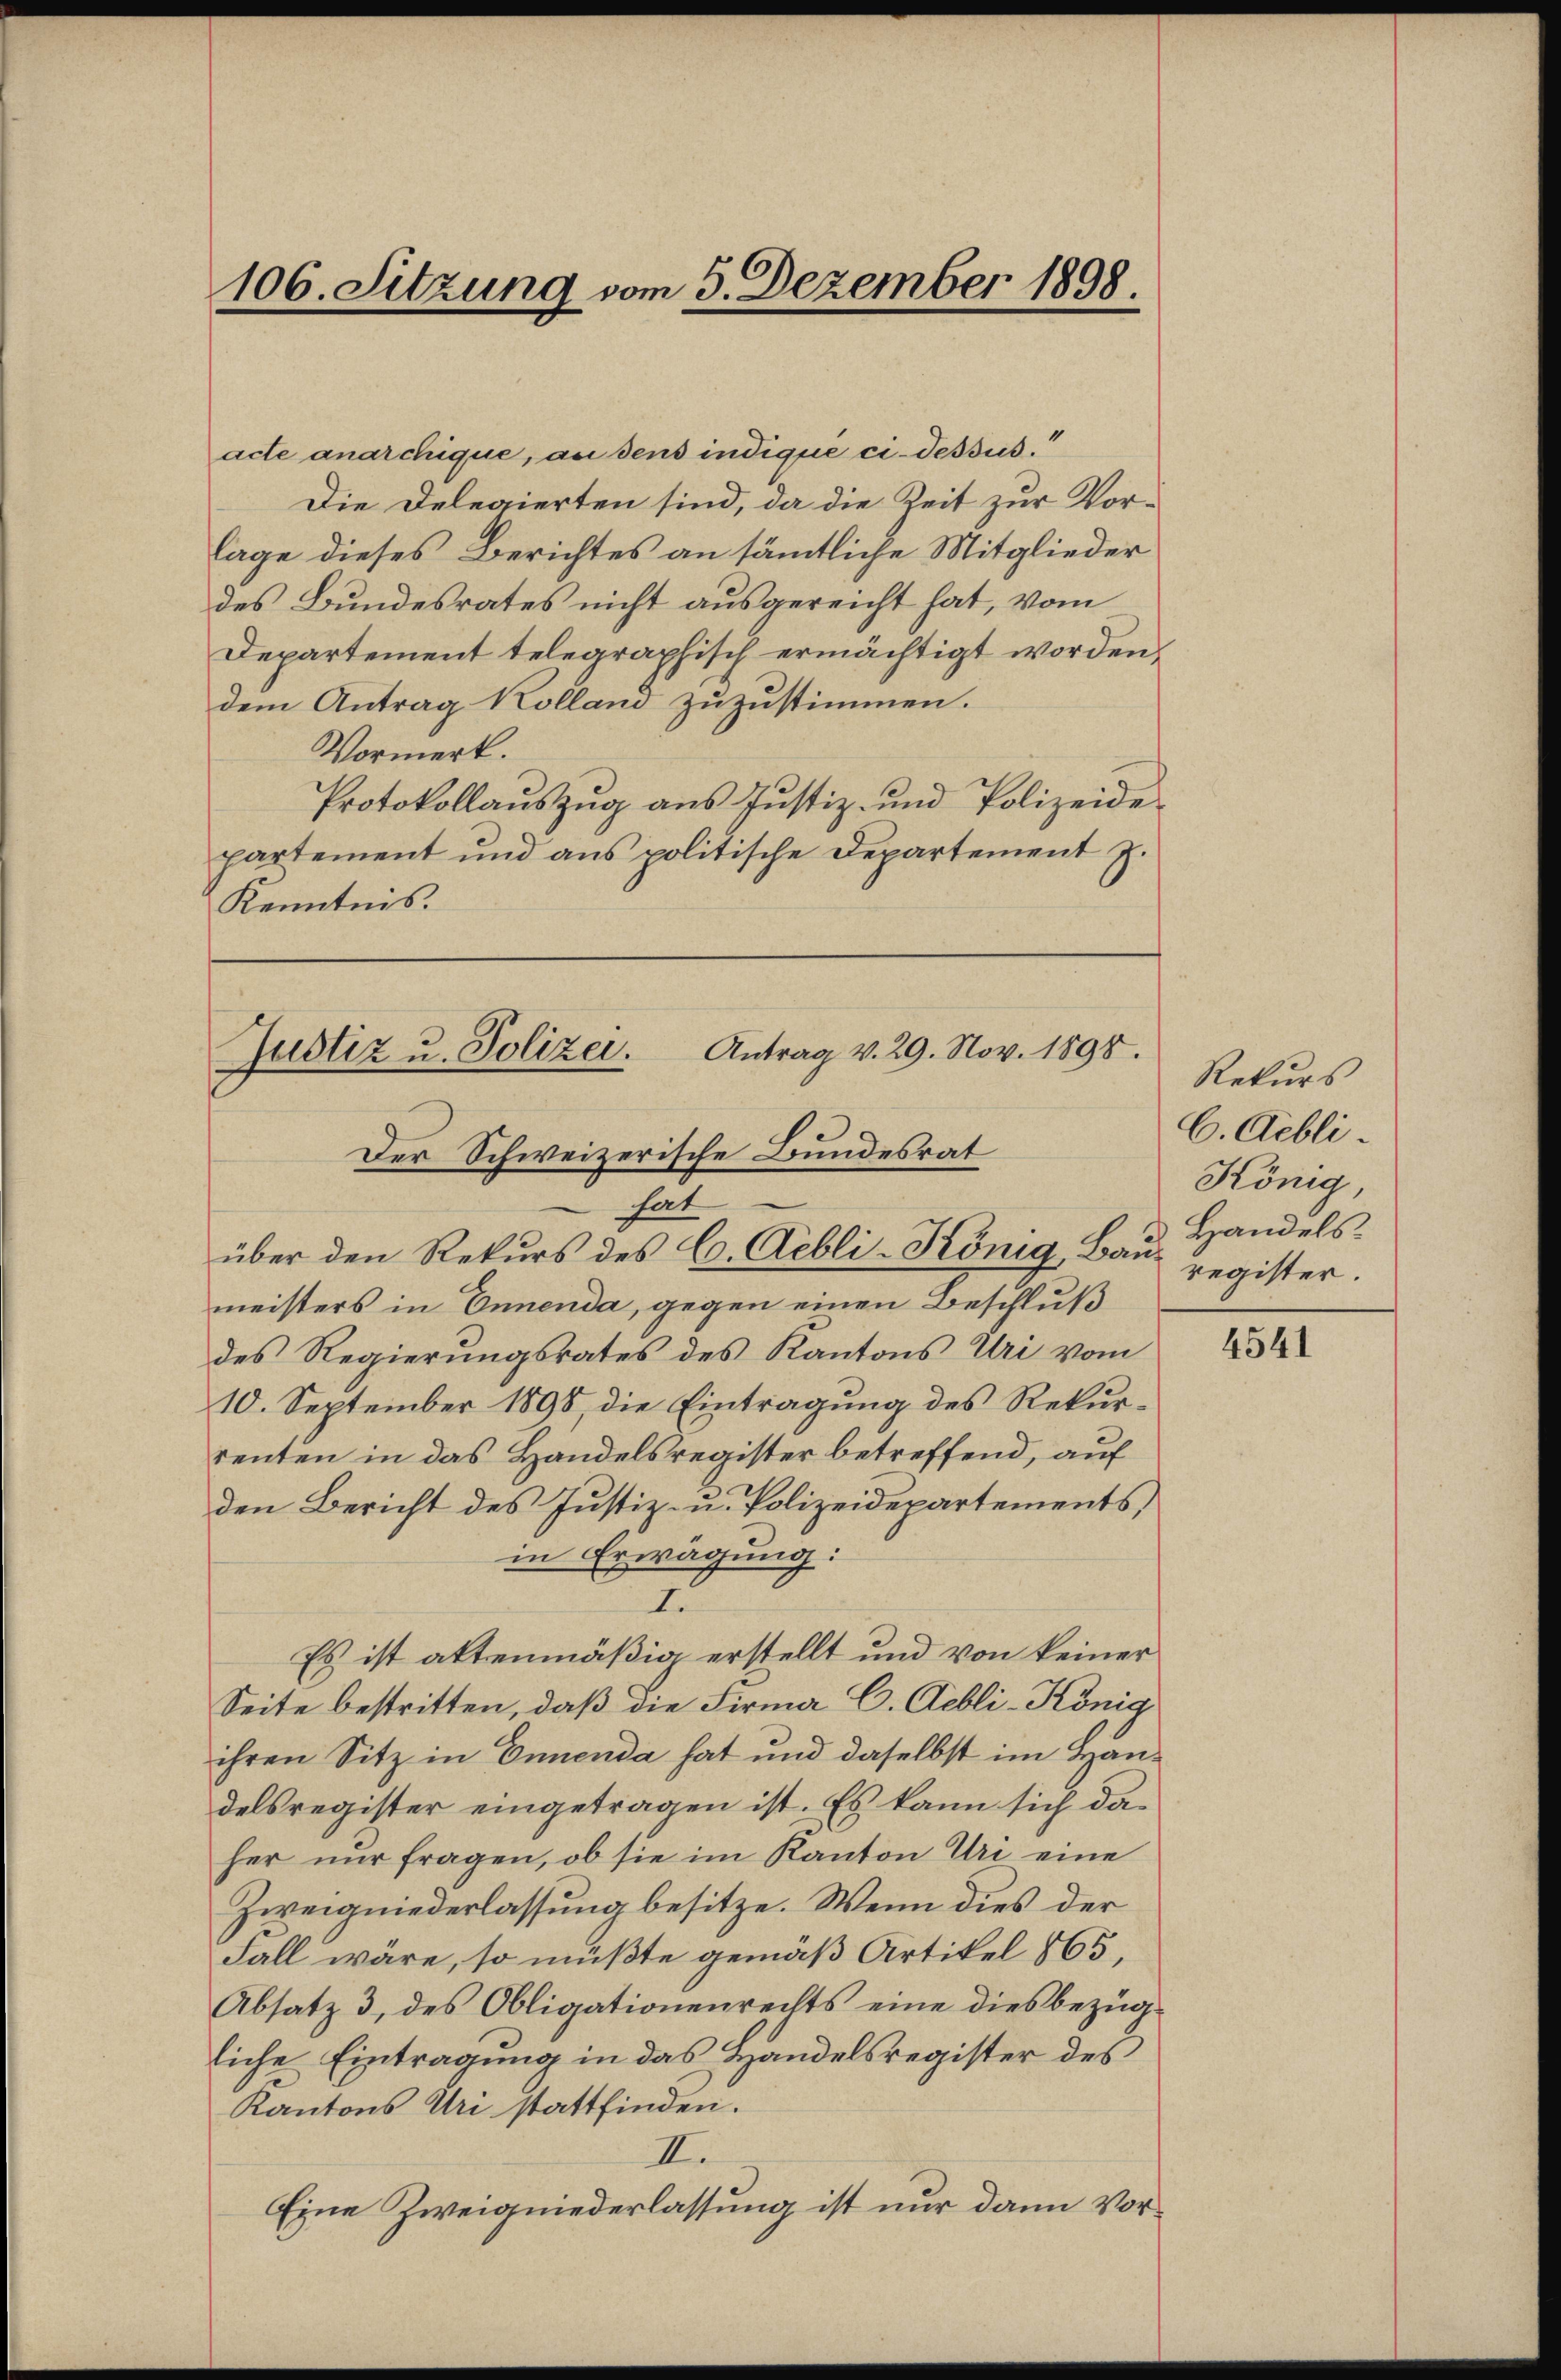
106. Sitzung vom 5. Dezember 1898

acte anarchique, an dens indique ci-dessus.
Die Delegierten sind, da die Zeit zur Vorlage dieses Berichtes an sämtliche Mitglieder
des Bundesrates nicht ausgereicht hat, vom
Departement telegraphisch ermächtigt worden,
dem Antrag Kolland zuzustimmen.
Vormerk.
Protokollauszug aus Justiz- und Polizeide
partement und aus politische Departement J.
Kenntnis.

Antrag v. 29. Nov. 1898.
Justiz u. Polizei.
Der Schweizerische Bundesrat
hat
über den Rekurs des C. Aebli-König, Bau Handels-

meisters in Ennenda, gegen einen Beschluß
des Regierungsrates des Kantons Uri vom
10. September 1898, die Eintragung des Rekurrenten in das Handelsregister betreffend, auf
den Bericht des Justiz- u. Polizeidepartements,
in Erwägung:
I
Es ist attenmäßig erstellt und von keiner
Seite bestritten, daß die Firma C. Gebli-König
ihren Sitz in Ennenda hat und daselbst im Handelsregister eingetragen ist. Es kann sich daher nur fragen, ob sie im Kanton Uri eine
Zweigniederlassung besitze. Wenn dies der
Fall wäre, so müßte gemäß Artikel 865,
Absatz 3, des Obligationenrechts eine diesbezügliche Eintragung in das Handelsregister des
Kantons Uri stattfinden.
II.
Eine Zweigniederlassung ist nur dann Vor¬

Rekurs
C. Aebli
König,
register.

4541